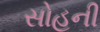
સોહની